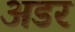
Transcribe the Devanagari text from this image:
अडर